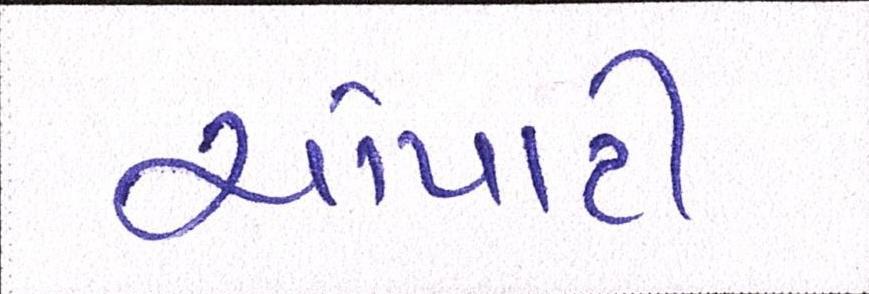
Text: ચોપાટી